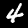
Digit: 4